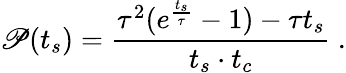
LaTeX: \mathscr{P}(t_{s})=\frac{\tau^{2}(e^{\frac{t_{s}}{\tau}}-1)-\tau t_{s}}{t_{s}\cdot t_{c}}~.